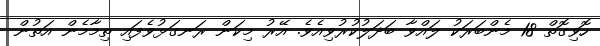
ހޮވިގޮތް 18 މެންބަރަކު ލައްވާ ބަދަލުކުރުވިއެވެ. އޭރު މިކަން ރަނގަޅުވެފައި ތިމާމެން އަތުން